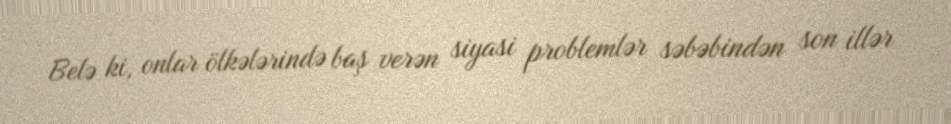
Belə ki, onlar ölkələrində baş verən siyasi problemlər səbəbindən son illər